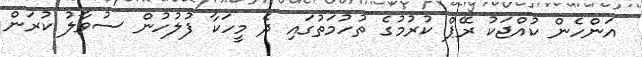
އަންހެން ކުއްޖަކު ރޭޕް ކުރުމުގެ ތުހުމަތުގައި ދެ މީހަކާ ފުލުހުން ސުވާލު ކުރަން